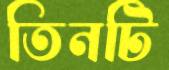
তিনটি